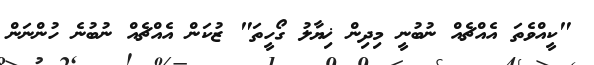
"ކީއްވެތަ އެއްޗެއް ނުބުނީ މިދިން ޚިޔާލު ގޯހީތަ" ޒުކަން އެއްޗެއް ނުބުނެ ހުންނަން